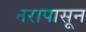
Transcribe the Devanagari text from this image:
नरापासून